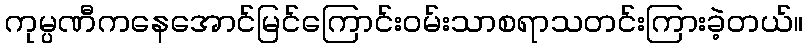
ကုမ္ပဏီကနေအောင်မြင်ကြောင်းဝမ်းသာစရာသတင်းကြားခဲ့တယ်။